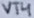
Text: VT4